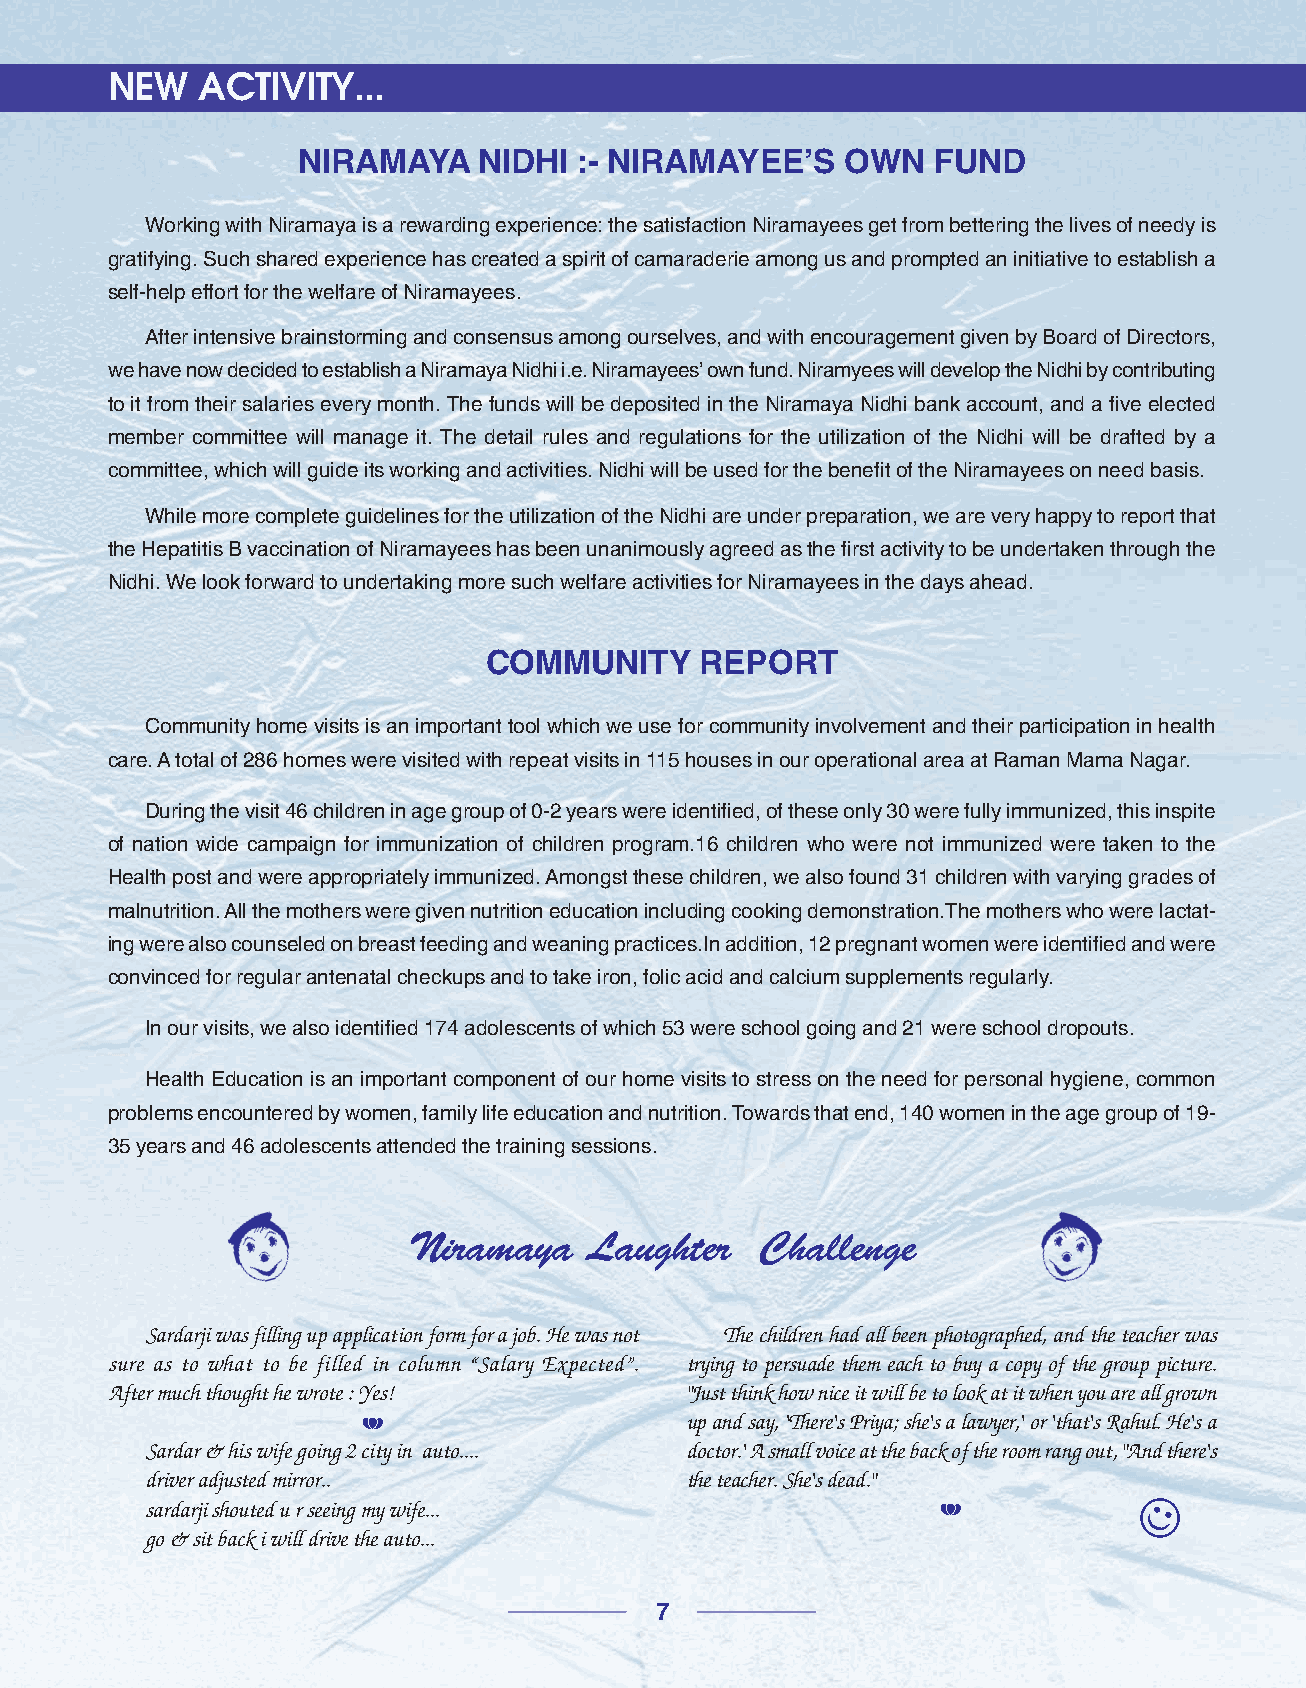
NEW   ACTIVITY...
 NIRAMAYA    NIDHI :- NIRAMAYEE’S    OWN   FUND
 Working with Niramaya is a rewarding experience: the satisfaction Niramayees get from bettering the lives of needy is
 gratifying. Such shared experience has created a spirit of camaraderie among us and prompted an initiative to establish a
 self-help effort for the welfare of Niramayees.
 After intensive brainstorming and consensus among ourselves, and with encouragement given by Board of Directors,
 we have now decided to establish a Niramaya Nidhi i.e. Niramayees’ own fund. Niramyees will develop the Nidhi by contributing
 to it from their salaries every month. The funds will be deposited in the Niramaya Nidhi bank account, and a five elected
 member committee will manage it. The detail rules and regulations for the utilization of the Nidhi will be drafted by a
 committee, which will guide its working and activities. Nidhi will be used for the benefit of the Niramayees on need basis.
 While more complete guidelines for the utilization of the Nidhi are under preparation, we are very happy to report that
 the Hepatitis B vaccination of Niramayees has been unanimously agreed as the first activity to be undertaken through the
 Nidhi. We look forward to undertaking more such welfare activities for Niramayees in the days ahead.
 COMMUNITY     REPORT
 Community home visits is an important tool which we use for community involvement and their participation in health
 care. A total of 286 homes were visited with repeat visits in 115 houses in our operational area at Raman Mama Nagar.
 During the visit 46 children in age group of 0-2 years were identified, of these only 30 were fully immunized, this inspite
 of nation wide campaign for immunization of children program.16 children who were not immunized were taken to the
 Health post and were appropriately immunized. Amongst these children, we also found 31 children with varying grades of
 malnutrition. All the mothers were given nutrition education including cooking demonstration.The mothers who were lactat-
 ing were also counseled on breast feeding and weaning practices.In addition, 12 pregnant women were identified and were
 convinced for regular antenatal checkups and to take iron, folic acid and calcium supplements regularly.
 In our visits, we also identified 174 adolescents of which 53 were school going and 21 were school dropouts.
 Health Education is an important component of our home visits to stress on the need for personal hygiene, common
 problems encountered by women, family life education and nutrition. Towards that end, 140 women in the age group of 19-
 35 years and 46 adolescents attended the training sessions.
 Niramaya    Laughter   Challenge
 Sardarji was filling up application form for a job. He was not The children had all been photographed, and the teacher was
 sure as to what to be filled in column “Salary Expected”. trying to persuade them each to buy a copy of the group picture.
 After much thought he wrote : Yes!    "Just think how nice it will be to look at it when you are all grown
 I                    up and say, 'There's Priya; she's a lawyer,' or 'that's Rahul. He's a
 Sardar & his wife going 2 city in auto.... doctor.' A small voice at the back of the room rang out, "And there's
 driver adjusted mirror..           the teacher. She's dead."
 sardarji shouted u r seeing my wife...              I            ☺
 go & sit back i will drive the auto...
 7